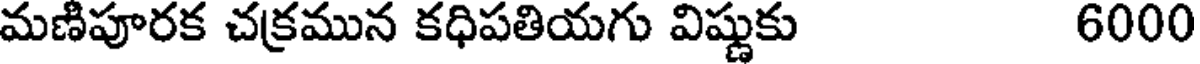
మణిపూరక చక్రమున కధిపతియగు విష్ణుకు 6000